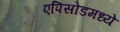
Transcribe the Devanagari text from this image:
एपिसोडमध्ये